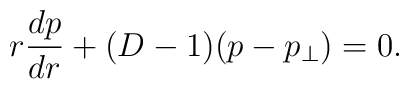
r\frac{dp}{dr}+(D-1)(p-p_{\perp })=0.